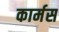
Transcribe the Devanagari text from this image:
कार्मस